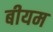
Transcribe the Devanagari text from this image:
बीयम